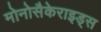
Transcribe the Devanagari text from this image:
मोनोसैकेराइड्स